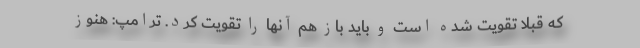
که قبلا تقویت شده است و باید باز هم آنها را تقویت کرد. ترامپ: هنوز